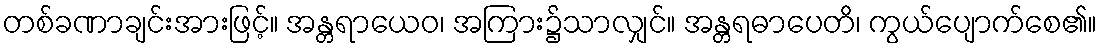
တစ်ခဏာချင်းအားဖြင့်။ အန္တရာယေဝ၊ အကြား၌သာလျှင်။ အန္တရဓာပေတိ၊ ကွယ်ပျောက်စေ၏။